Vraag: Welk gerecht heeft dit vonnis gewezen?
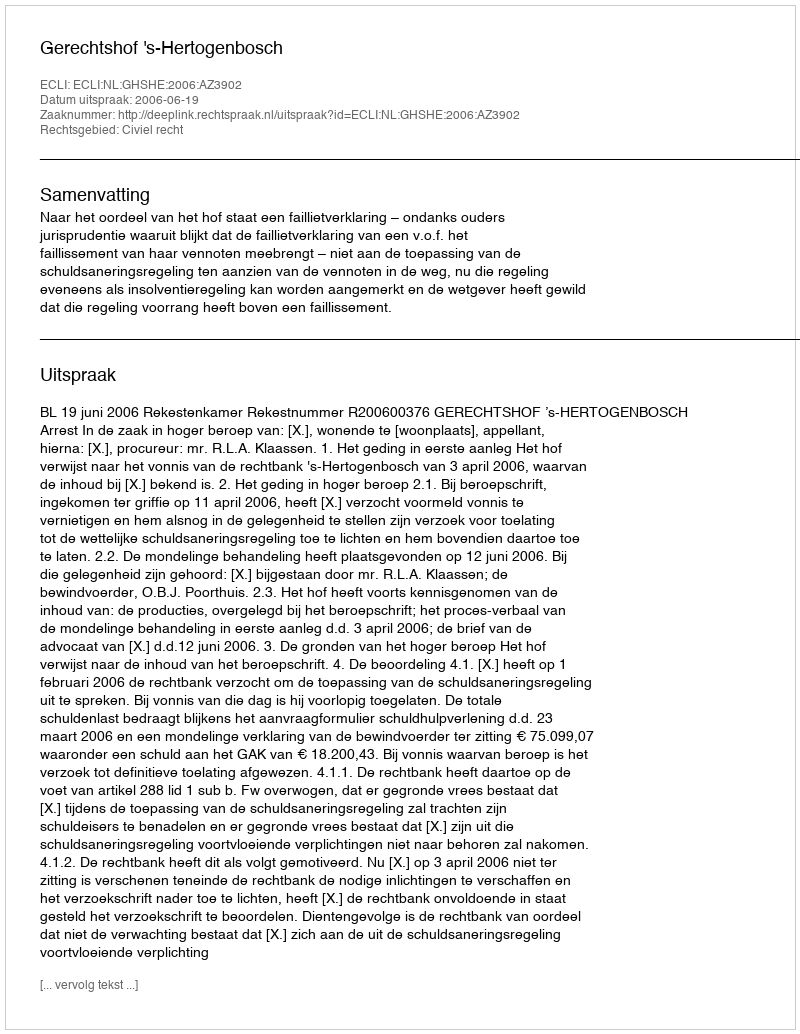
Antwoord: Gerechtshof 's-Hertogenbosch